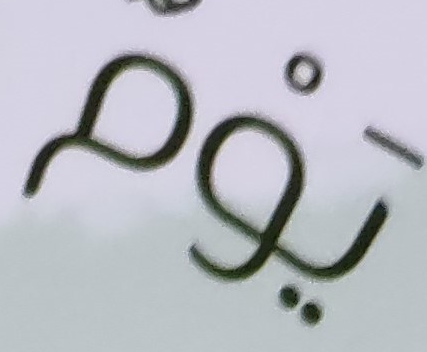
يوم